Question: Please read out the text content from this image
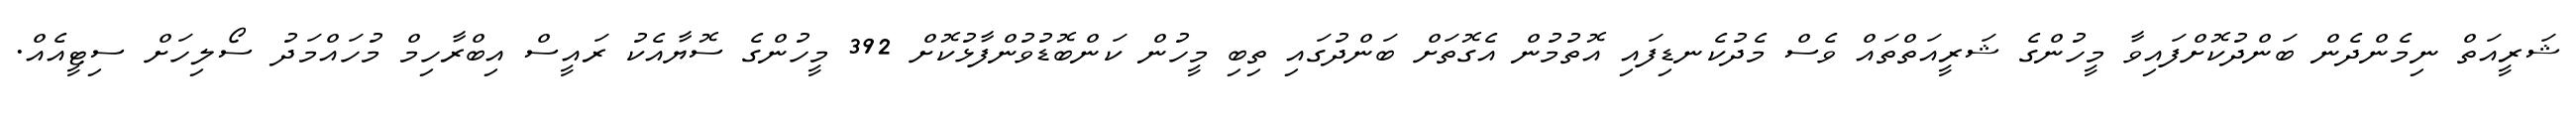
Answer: ޝަރީއަތް ނިމެންދެން ބަންދުކޮށްފައިވާ މީހުންގެ ޝަރީއަތްތައް ވެސް މެދުކެނޑިފައި އޮތުމުން އެގޮތަށް ބަންދުގައި ތިބި މީހުން ކަންބޮޑުވުންފާޅުކޮށް 392 މީހުންގެ ސޮޔާއެކު ރައީސް އިބްރާހިމް މުހައްމަދު ސޯލިހަށް ސިޓީއެއް.